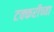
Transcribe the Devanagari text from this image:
टक्करीच्या